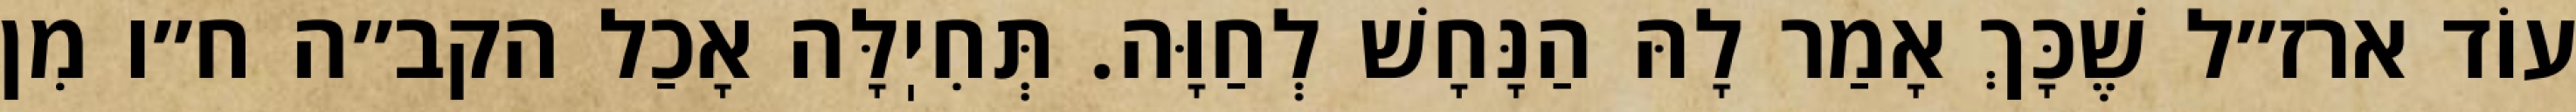
עוֹד ארז״ל שֶׁכָּךְ אָמַר לָהּ הַנָּחָשׁ לְחַוָּה. תְּחִיֽלָּה אָכַל הקב״ה ח״ו מִן